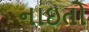
નાઇતો